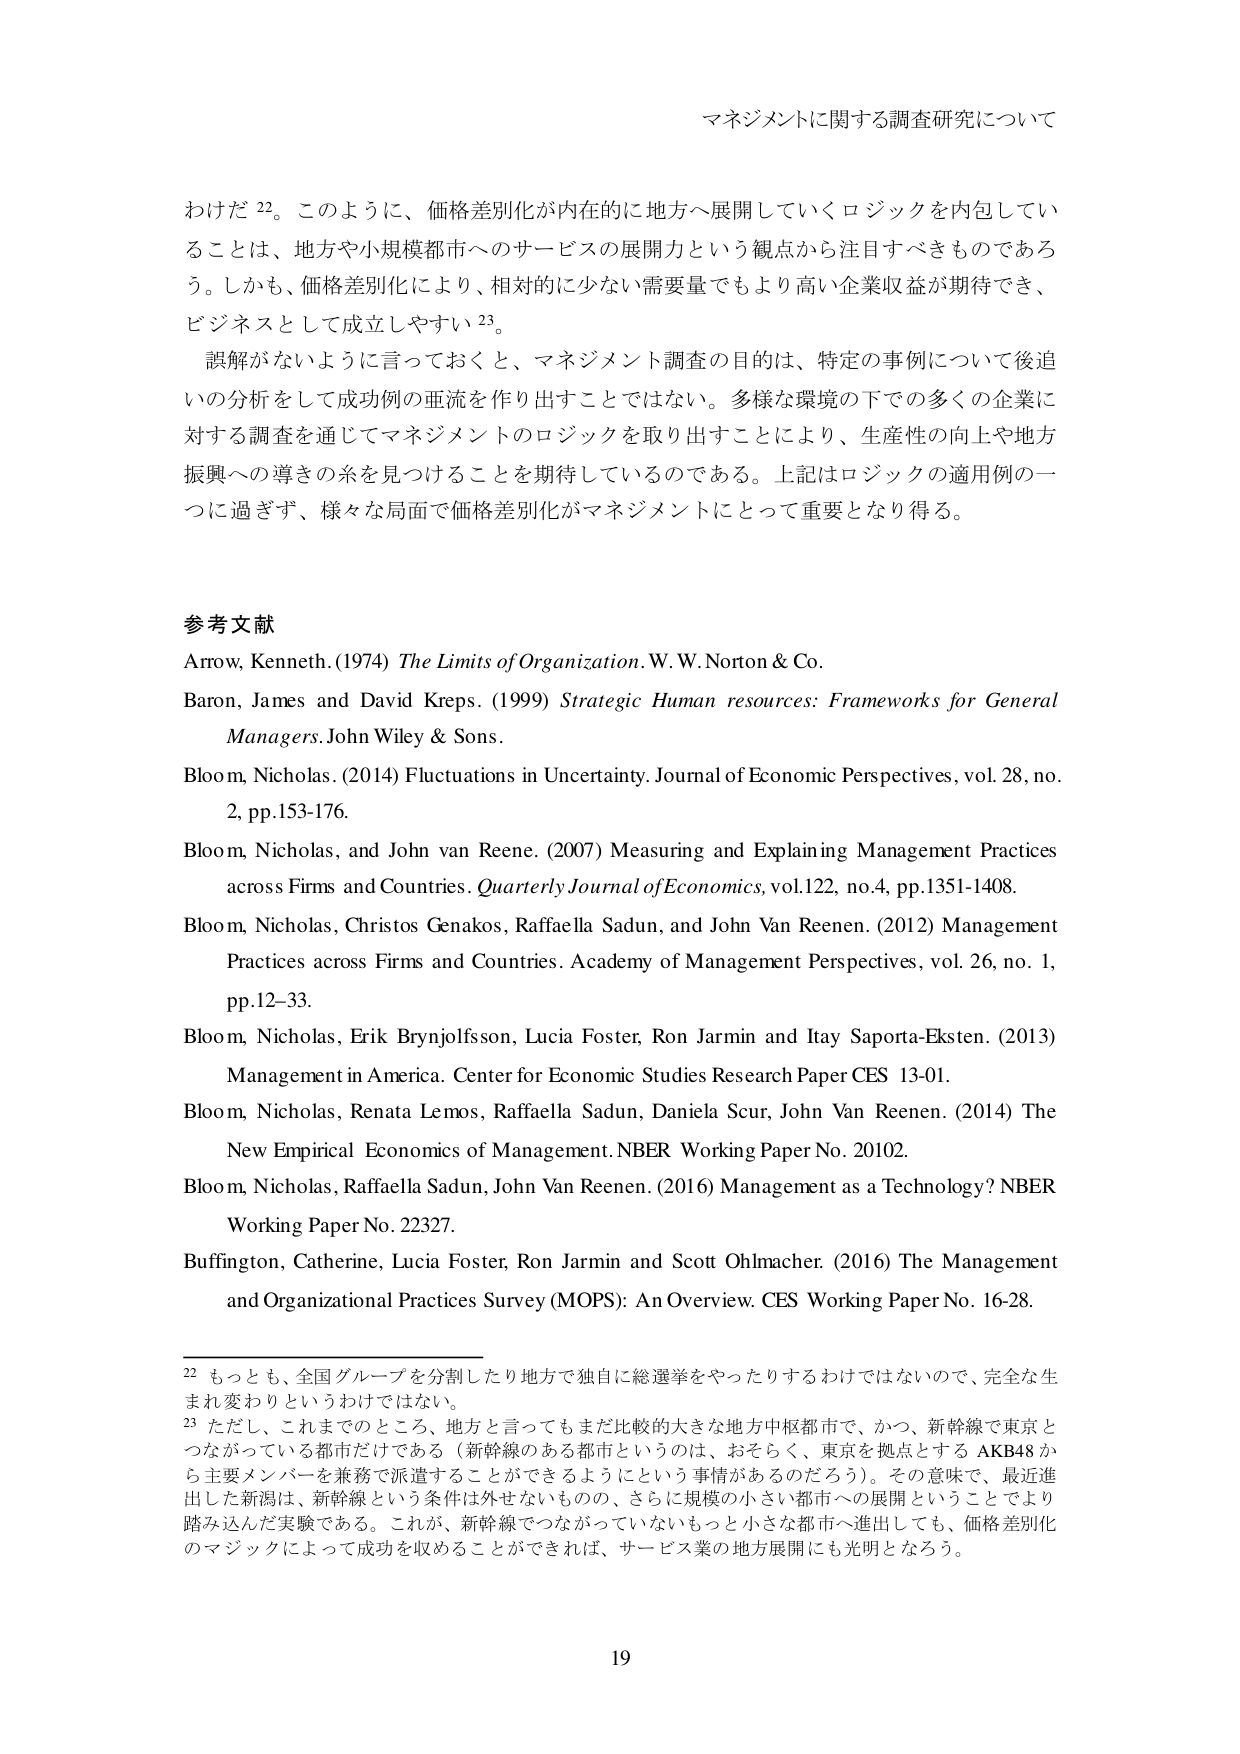
マネジメントに関する調査研究について

わけだ 22。このように、価格差別化が内在的に地方へ展開していくロジックを内包していることは、地方や小規模都市へのサービスの展開力という観点から注目すべきものであろう。しかも、価格差別化により、相対的に少ない需要量でもより高い企業収益が期待でき、ビジネスとして成立しやすい 23。

誤解がないように言っておくと、マネジメント調査の目的は、特定の事例について後追いの分析をして成功例の亜流を作り出すことではない。多様な環境の下での多くの企業に対する調査を通じてマネジメントのロジックを取り出すことにより、生産性の向上や地方振興への導きの糸を見つけることを期待しているのである。上記はロジックの適用例の一つに過ぎず、様々な局面で価格差別化がマネジメントにとって重要となり得る。

参考文献
Arrow, Kenneth. (1974) The Limits of Organization. W. W. Norton & Co.
Baron, James and David Kreps. (1999) Strategic Human resources: Frameworks for General Managers. John Wiley & Sons.
Bloom, Nicholas. (2014) Fluctuations in Uncertainty. Journal of Economic Perspectives, vol. 28, no. 2, pp.153-176.
Bloom, Nicholas, and John van Reene. (2007) Measuring and Explaining Management Practices across Firms and Countries. Quarterly Journal of Economics, vol.122, no.4, pp.1351-1408.
Bloom, Nicholas, Christos Genakos, Raffaella Sadun, and John Van Reenen. (2012) Management Practices across Firms and Countries. Academy of Management Perspectives, vol. 26, no. 1, pp.12-33.
Bloom, Nicholas, Erik Brynjolfsson, Lucia Foster, Ron Jarmin and Itay Saporta-Eksten. (2013) Management in America. Center for Economic Studies Research Paper CES 13-01.
Bloom, Nicholas, Renata Lemos, Raffaella Sadun, Daniela Scur, John Van Reenen. (2014) The New Empirical Economics of Management. NBER Working Paper No. 20102.
Bloom, Nicholas, Raffaella Sadun, John Van Reenen. (2016) Management as a Technology? NBER Working Paper No. 22327.
Buffington, Catherine, Lucia Foster, Ron Jarmin and Scott Ohlmacher. (2016) The Management and Organizational Practices Survey (MOPS): An Overview. CES Working Paper No. 16-28.

22 もっとも、全国グループを分割したり地方で独自に総選挙をやったりするわけではないので、完全な生まれ変わりというわけではない。
23 ただし、これまでのところ、地方と言ってもまだ比較的大きな地方中枢都市で、かつ、新幹線で東京とつながっている都市だけである（新幹線のある都市というのは、おそらく、東京を拠点とする AKB48 から主要メンバーを兼務で派遣することができるようという事情があるのだろう）。その意味で、最近進出した新潟は、新幹線という条件は外せないものの、さらに規模の小さい都市への展開ということでより踏み込んだ実験である。これが、新幹線でつながっていないもっと小さな都市へ進出しても、価格差別化のマジックによって成功を収めることができれば、サービス業の地方展開にも光明となろう。

19